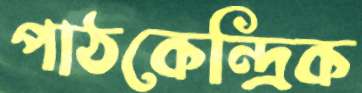
পাঠকেন্দ্রিক